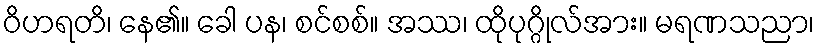
ဝိဟရတိ၊ နေ၏။ ခေါ ပန၊ စင်စစ်။ အဿ၊ ထိုပုဂ္ဂိုလ်အား။ မရဏသညာ၊